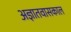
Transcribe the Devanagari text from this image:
अज्ञातवासकाल